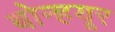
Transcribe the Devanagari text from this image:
बोन्हयूर